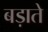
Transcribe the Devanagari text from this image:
बड़ाते